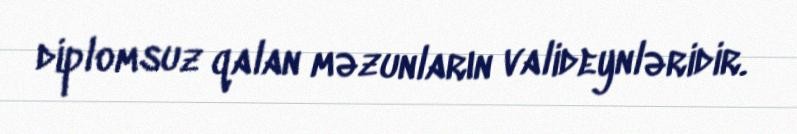
diplomsuz qalan məzunların valideynləridir.